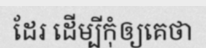
ដែរ ដើម្បីកុំឲ្យគេថា